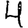
Digit: 4